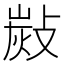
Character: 𢾋